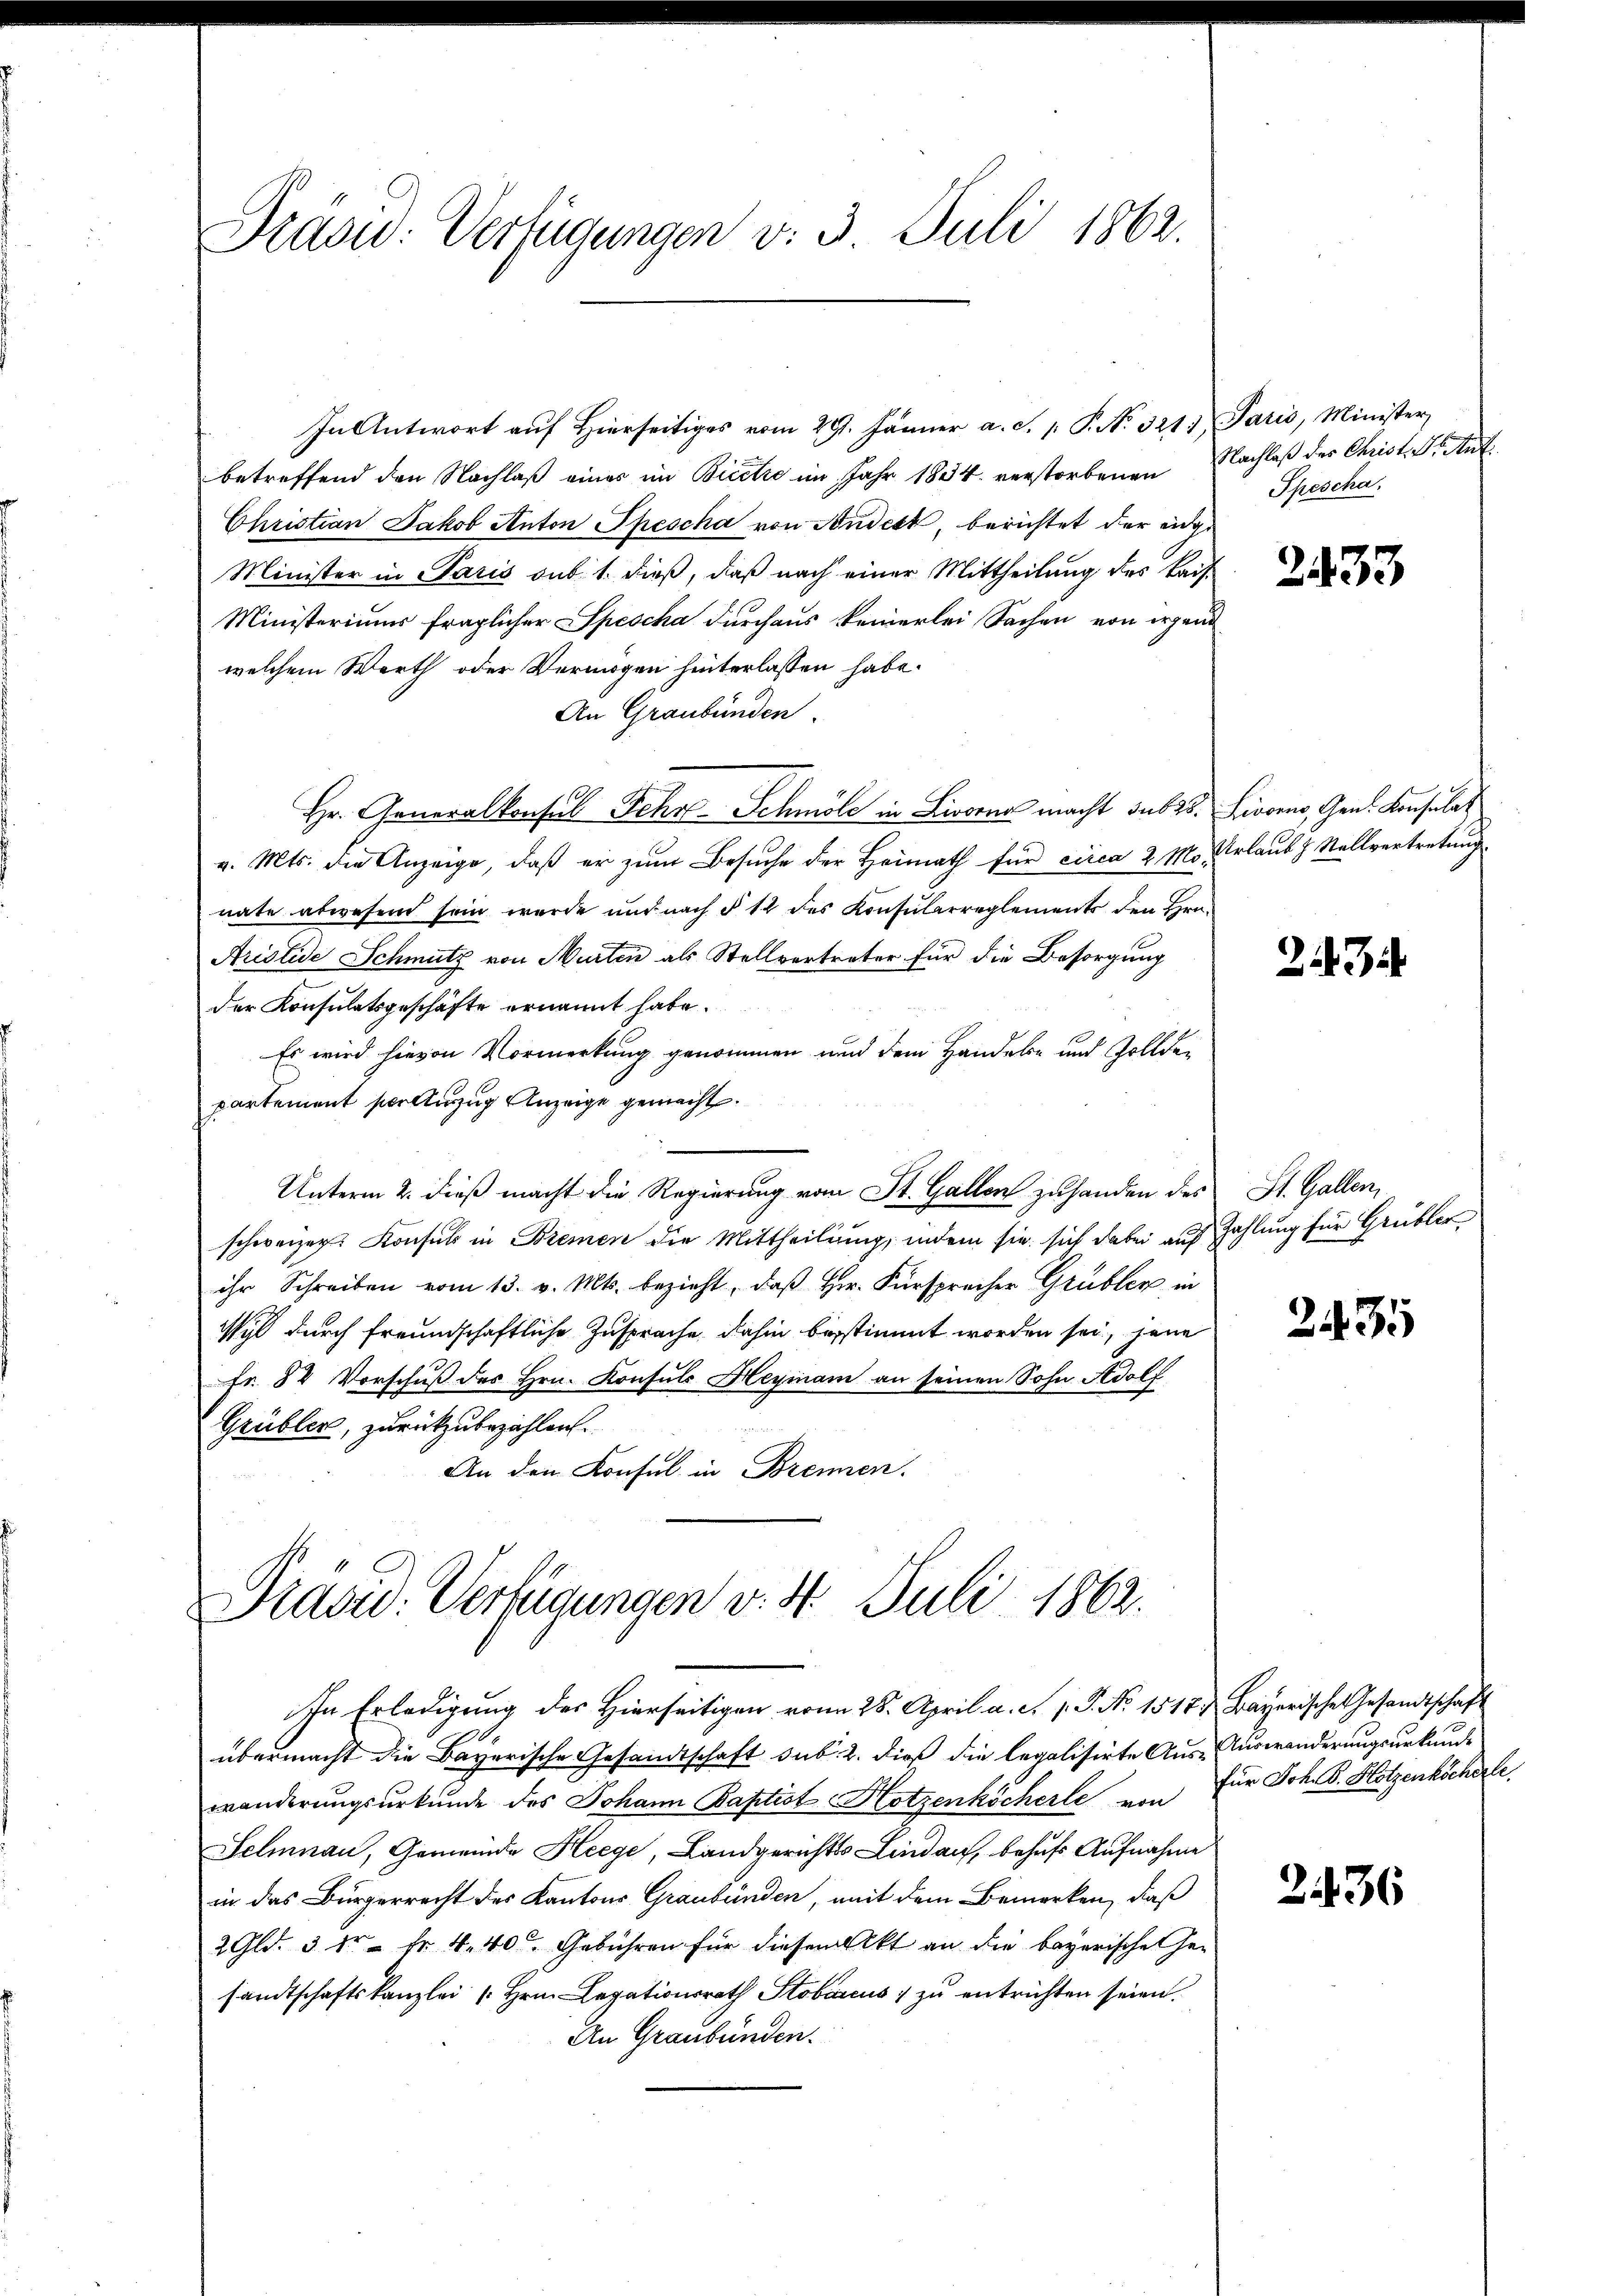
Präsid: Verfügungen v. 3. Juli 1862.

In Antwort auf Hierseitiges vom 29. Jänner a. d. 1. P. No. 321. Paris, Minister,
betreffend den Nachlaß eines im Biectie im Jahr 1834 verstorbenen
Christian Jakob Anton Spescha von Andest, berichtet der eidge
Minister in Paris sub 1. dieß, daß nach einer Mittheilung des Kais¬
Ministeriums fraglicher Spescha durchaus keinerlei Sachen von irgend
welchem Werth oder Vermögen hinterlassen habe.
An Graubünden.
Hr. Generalkonsul Sehr - Schmölz in Livorne macht sub 15. Livorno, Gen. Konsulat
v. Mts. die Anzeige, daß er zum Besuche der Heimath für circa 2. Mo. Urlaub J. Stallvertretung
nate abwesend sein wurde und nach § 12 des Konsularreglements den Hrn.
Ariolide Schmutz von Murten als Stellvertreter für die Besorgung
der Konsulatsgeschäfte ernannt habe.
Es wird hievon Vormerkung genommen und dem Handeln und Zollden
partement per Auszug Anzeige gemacht.
Unterm 2. dieß macht die Regierung vom St. Gallen zuhanden des
schweizer. Konsuls in Bremen die Mittheilung, indem sie sich dabei auf Zahlung für Grübler
ihr Schreiben vom 13. v. Mts. bezieht, daß Hr. Fürsprecher Grübler in
Wil durch freundschaftliche Zusprache dahin bestimmt worden sei, jene
Fr. 84 Vorschuß des Hrn. Konsuls Heyinam an seinen Sohn Adolf
Grübler, zurückzubezahlen.
.
An den Konsul in Brennen.

Präsid. Verfügungen v. 4. Juli 1862.

Nachlaß des Christ. Dr. Ant
Spescha.

In Erledigung des Hierseitigen vom 28. April a. c. 1. P. No. 1517 & Bayerische Gesandtschaft
übermacht die Bayerische Gesandtschaft sub. 2. dieß die legalisirte Aus-Auswanderungsurkunde
wänderungsurkunde des Johann Baptist Hotzenköcherle von für Joh. B. Hotzenköcherle,
Selnau, Gemeinde Heege, Landgerichts Lindau, behufs Aufnahme
in das Bürgerrecht des Kantons Graubünden, mit dem Bemerken, daß
2 Gld. 3 kr. - Fr. 440 Gebühren für diesem Akt an die bayerische Ge-
sandtschaftskanzlei Hrn. Legationsrath Stobarcus zu entrichten seien.
An Graubünden.

233

23

St. Gallen

2435

236